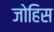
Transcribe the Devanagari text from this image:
जोहिस